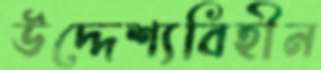
উদ্দেশ্যবিহীন